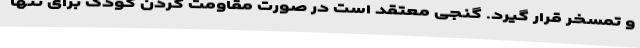
و تمسخر قرار گیرد. گنجی معتقد است در صورت مقاومت کردن کودک برای تنها